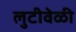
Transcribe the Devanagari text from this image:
लुटीवेळी